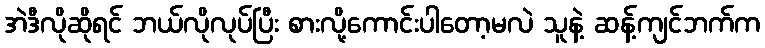
အဲဒီလိုဆိုရင် ဘယ်လိုလုပ်ပြီး စားလို့ကောင်းပါတော့မလဲ သူနဲ့ ဆန့်ကျင်ဘက်က